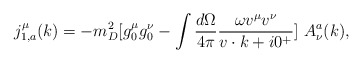
\begin{align*}j^\mu_{1,a}(k)=-m_D^2[g_0^\mu g_0^\nu-\int {d \Omega\over 4\pi}{\omega v^\mu v^\nu\over v\cdot k +i0^+} ]\ A_\nu^a(k),\end{align*}